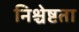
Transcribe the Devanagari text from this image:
निश्चेष्टता